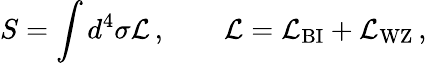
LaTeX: S=\int d^{4}\sigma{\cal L}\, ,\qquad{\cal L}={\cal L}_{\mathrm{BI}}+{\cal L}_{\mathrm{WZ}}\, ,